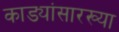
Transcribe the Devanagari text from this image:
काड्यांसारख्या